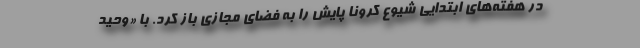
در هفته‌های ابتدایی شیوع کرونا پایش را به فضای مجازی باز کرد. با «وحید